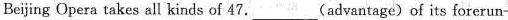
Beijing Opera takes all kinds of 47. ___ (advantage) of its forerun-